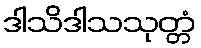
ဒါသိဒါသသုတ္တံ